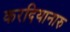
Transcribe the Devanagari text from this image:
करदियानारु